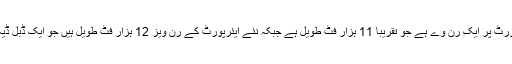
سی اے اے حکام نے بتایا کہ پرانے ایئرپورٹ پر ایک رن وے ہے جو تقریبا 11 ہزار فٹ طویل ہے جبکہ نئے ایئرپورٹ کے رن ویز 12 ہزار فٹ طویل ہیں جو ایک ڈبل ڈیکر طیارے کا وزن برداشت کرسکتے ہیں۔